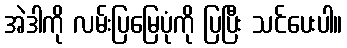
အဲဒါကို လမ်းပြမြေပုံကို ပြပြီး သင်ပေးပါ။